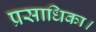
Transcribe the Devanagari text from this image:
प्रसाधिका।